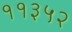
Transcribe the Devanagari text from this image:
११३५२